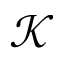
\mathcal { K }